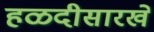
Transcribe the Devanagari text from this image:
हळदीसारखे